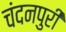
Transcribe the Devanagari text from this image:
चंदनपुरी